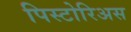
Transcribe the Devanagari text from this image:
पिस्टोरिअस